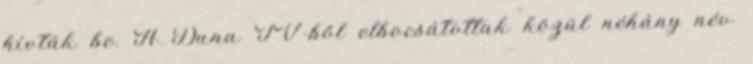
hívták be. A Duna TV-ből elbocsátottak közül néhány név